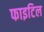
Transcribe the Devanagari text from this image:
फाइटिल